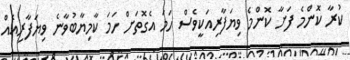
ކުރާ ކޮންމެ ފަށާ ކޮންމެ ވިޔަފާރިއަކީވެސް ހަމަ އެގޮތަށް ހަމަ ކާމިޔާބުވާނެ ވިޔަފާރިއެއް